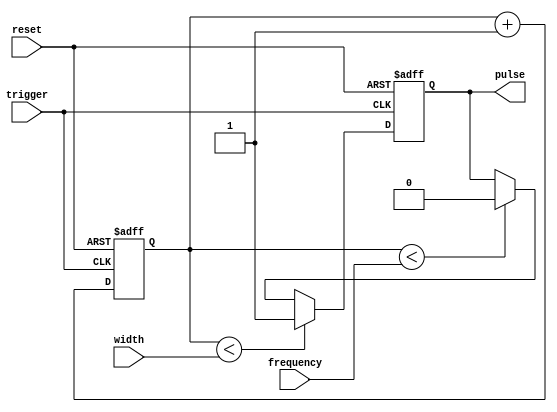
module asynchronous_pulse_generator(
    input wire reset,
    input wire trigger,
    input wire width,
    input wire frequency,
    output reg pulse
);

reg [31:0] count;
reg pulse_reg;

always @(posedge trigger or posedge reset)
begin
    if (reset)
    begin
        count <= 0;
        pulse_reg <= 0;
    end
    else
    begin
        if (count < width)
        begin
            pulse_reg <= 1;
        end
        else if (count < frequency)
        begin
            pulse_reg <= 0;
        end
        else
        begin
            count <= 0;
        end
        
        count <= count + 1;
    end
end

assign pulse = pulse_reg;

endmodule